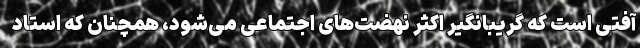
آفتی است که گریبانگیر اکثر نهضت‌های اجتماعی می‌شود، همچنان که استاد